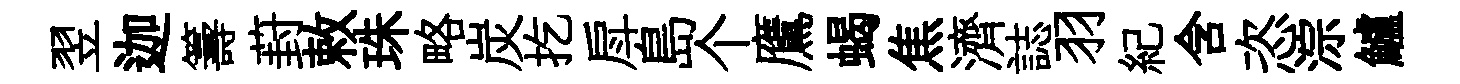
翌迦籌葑敕珠略炭扢戽島个鷹蝎焦濟誌羽紀含恣淙鱸